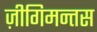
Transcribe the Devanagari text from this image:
ज़ीगिमन्तस